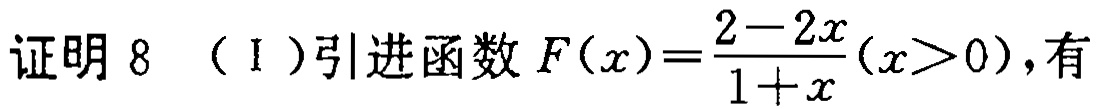
证明 8 （I）引进函数 \(F(x)=\frac{2 - 2x}{1 + x}(x>0)\)，有